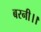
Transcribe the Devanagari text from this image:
बरनी।।